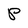
Character: P